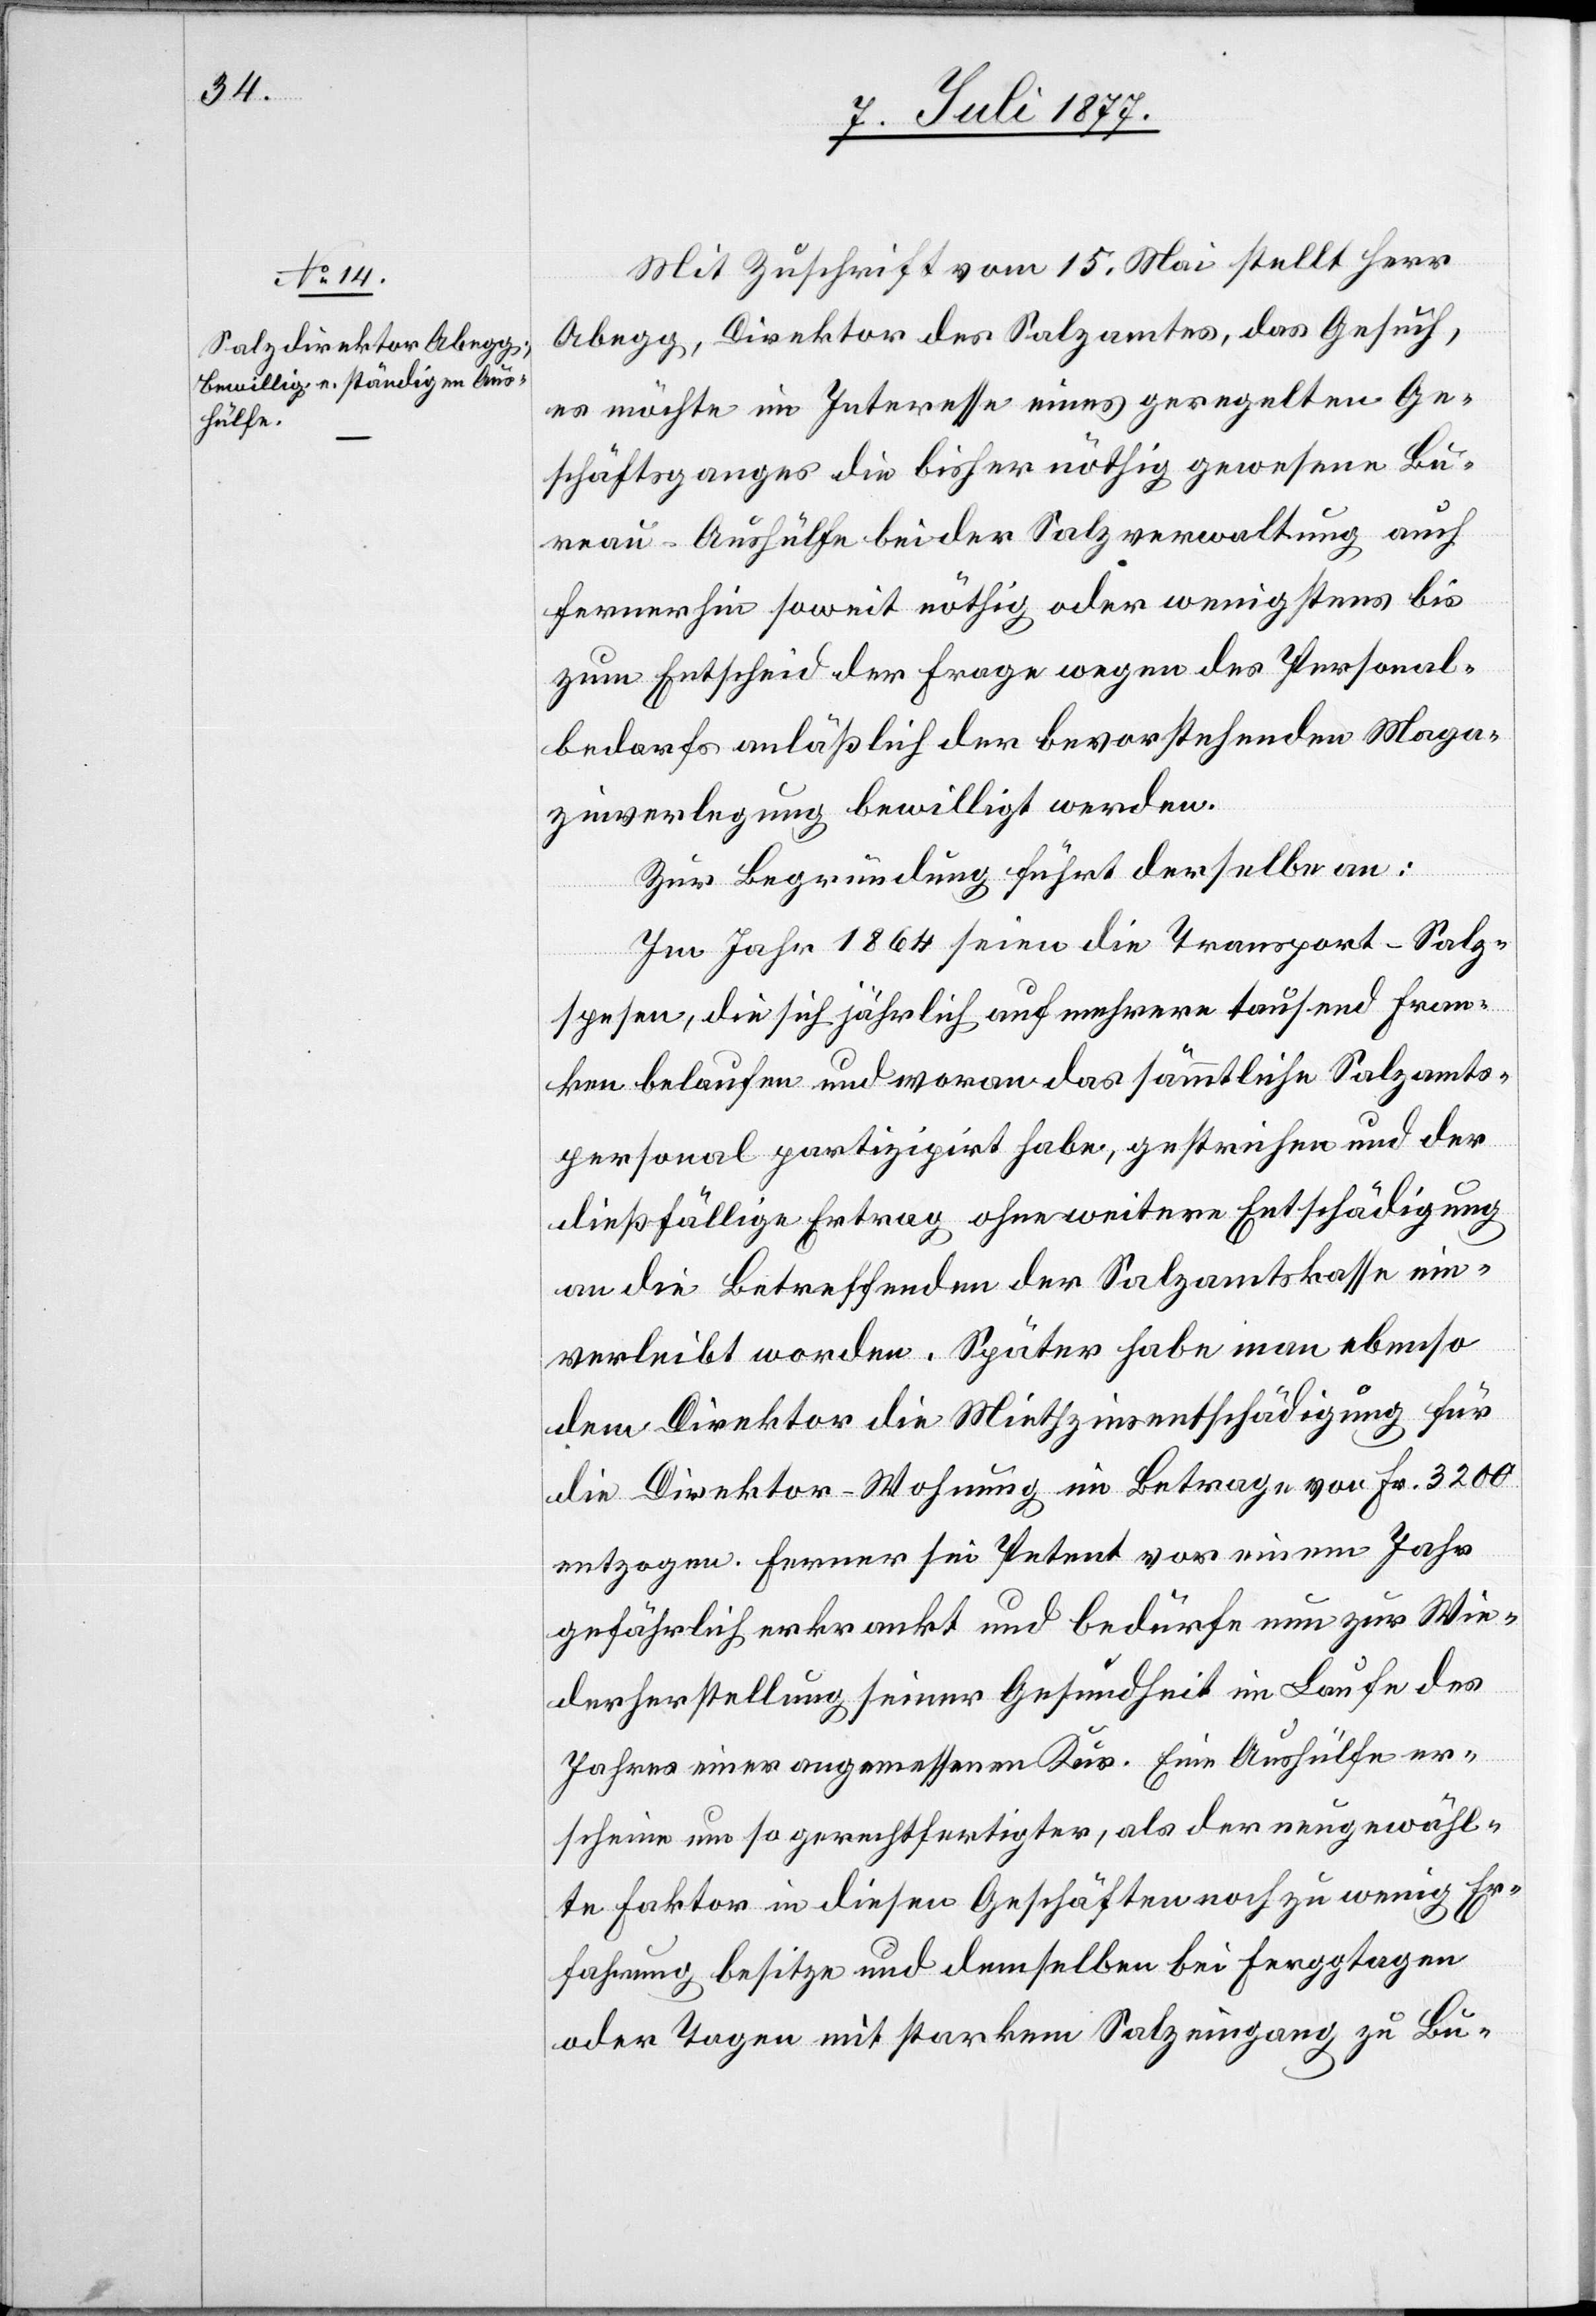
Mit Zuschrift vom 15. Mai stellt Herr
Abegg, Direktor des Salzamtes, das Gesuch,
es möchte im Interesse eines geregelten Ge¬
schäftsganges die bisher nöthig gewesene Bu¬
reau-Aushülfe bei der Salzverwaltung auch
fernerhin soweit nöthig oder wenigstens bis
zum Entscheid der Frage wegen des Personal¬
bedarfs anläßlich der bevorstehenden Maga¬
zinverlegung bewilligt werden.
Zur Begründung führt derselbe an:
Im Jahr 1864 seien die Transport-Salz¬
spesen, die sich jährlich auf mehrere tausend Fran¬
ken belaufen und woran das sämmtliche Salzamts¬
personal partizipirt habe, gestrichen und der
dießfällige Ertrag ohne weitere Entschädigung
an die Betreffenden der Salzamtskasse ein¬
verleibt worden. Später habe man ebenso
dem Direktor die Miethzinsentschädigung für
die Direktor-Wohnung im Betrage von Fr. 3200
entzogen. Ferner sei Petent vor einem Jahr
gefährlich erkrankt und bedürfe nun zur Wie¬
derherstellung seiner Gesundheit im Laufe des
Jahres einer angemessenen Kur. Eine Aushülfe er¬
scheine um so gerechtfertigter, als der neugewähl¬
te Faktor in diesen Geschäften noch zu wenig Er¬
fahrung besitze und demselben bei Ferggtagen
oder Tagen mit starkem Salzeingang zu Bu-